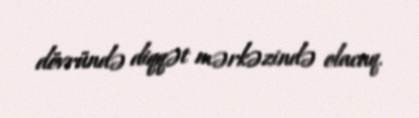
dövründə diqqət mərkəzində olacaq.